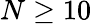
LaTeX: N\geq 10